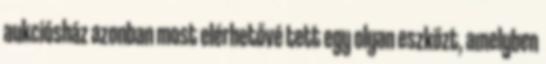
aukciósház azonban most elérhetővé tett egy olyan eszközt, amelyben